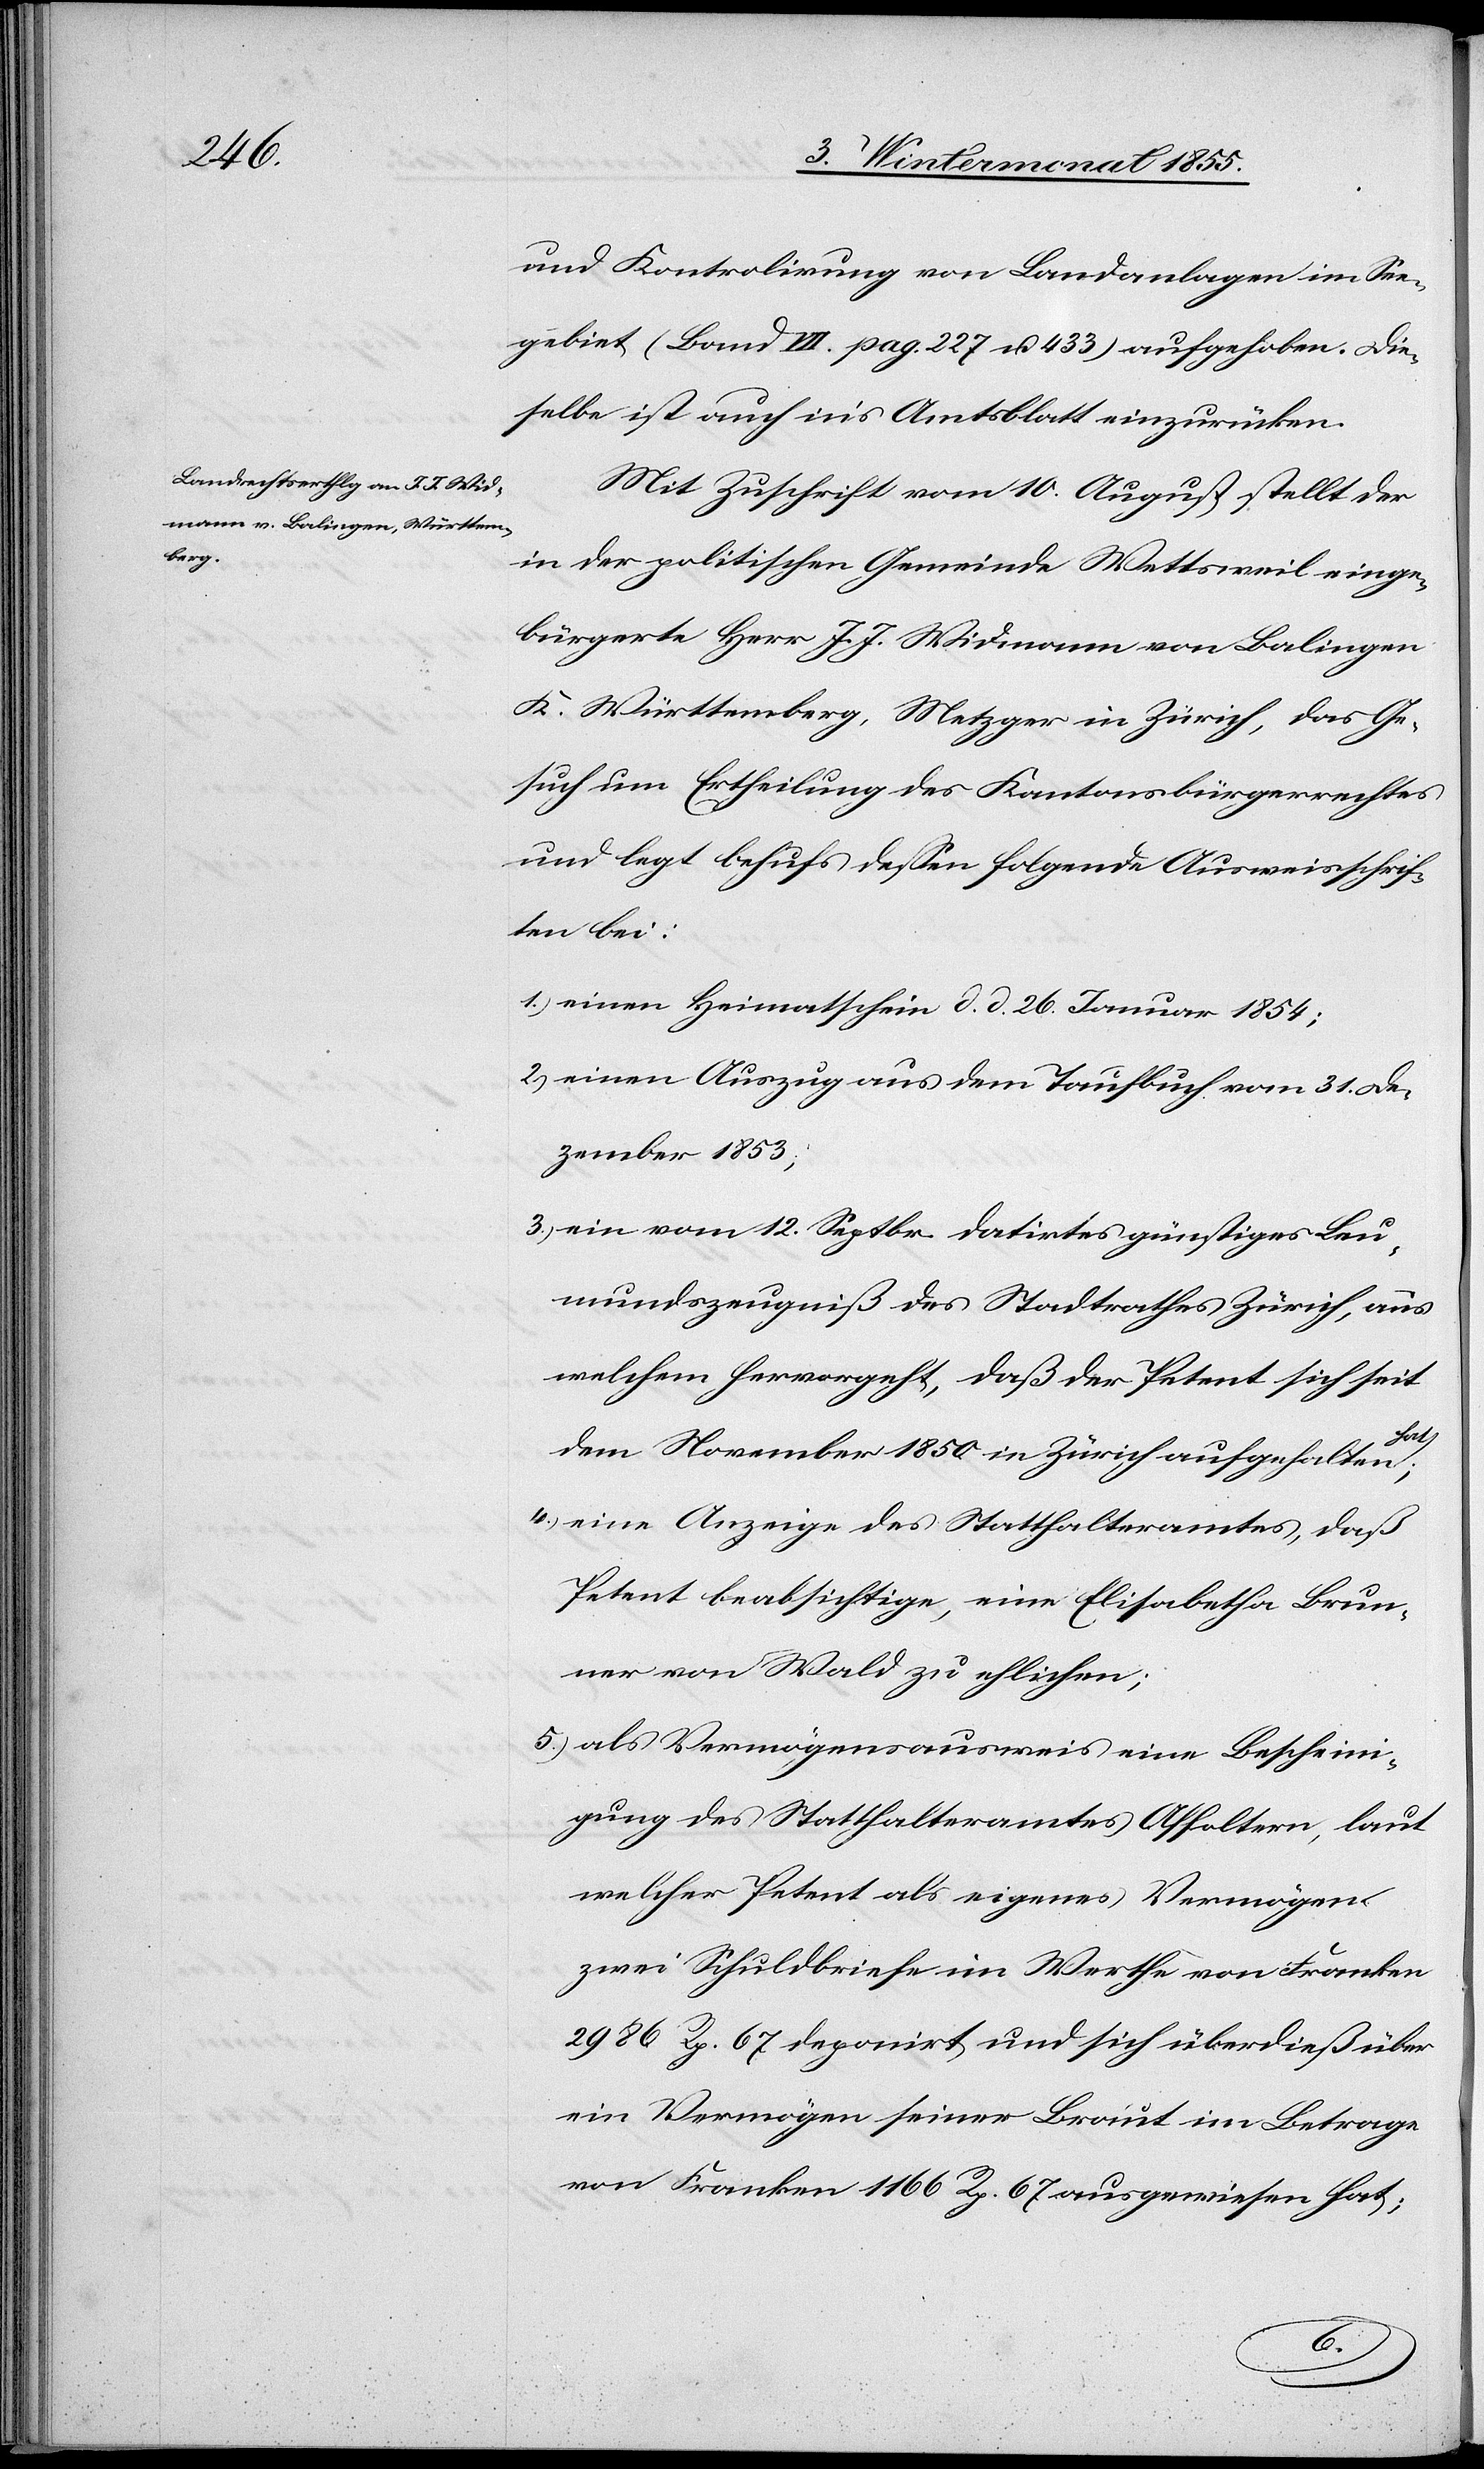
und Kontrolirung von Landanlagen im See¬
gebiet (Band VII. pag. 227 u. 433) aufgehoben. Die¬
selbe ist auch in’s Amtsblatt einzurücken.
Mit Zuschrift vom 10. August stellt der
in der politischen Gemeinde Wettsweil einge¬
bürgerte Herr J. J. Widmann von Balingen
K. Württemberg, Metzger in Zürich, das Ge¬
such um Ertheilung des Kantonsbürgerrechtes
und legt behufs dessen folgende Ausweisschrif¬
ten bei:
einen Heimatschein d. d. 26. Januar 1854;
einen Auszug aus dem Taufbuch vom 31. De¬
zember 1853;
ein vom 12. Septbr. datirtes günstiges Leu¬
mundszeugniß des Stadtrathes Zürich, aus
welchem hervorgeht, daß der Petent sich seit
hat;
dem November 1850 in Zürich aufgehalten
eine Anzeige des Statthalteramtes, daß
Petent beabsichtige, eine Elisabetha Brun¬
ner von Wald zu ehlichen;
als Vermögensausweis eine Bescheini¬
gung des Statthalteramtes Affoltern, laut
welcher Petent als eigenes Vermögen
zwei Schuldbriefe im Werthe von Franken
2986 Rp. 67 deponirt und sich überdieß über
ein Vermögen seiner Braut im Betrage
von Franken 1166 Rp. 67 ausgewiesen hat;